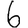
Digit: 6